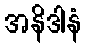
အနိဒါနံ